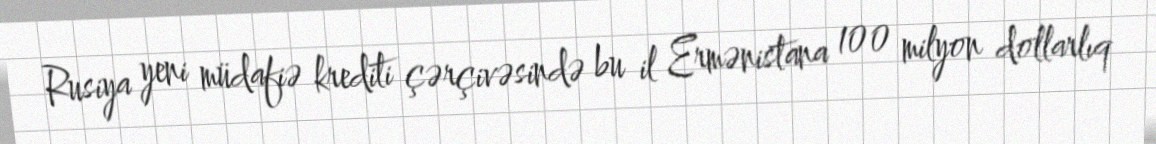
Rusiya yeni müdafiə krediti çərçivəsində bu il Ermənistana 100 milyon dollarlıq